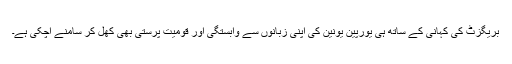
بریگزٹ کی کہانی کے ساتھ ہی یورپین یونین کی اپنی زبانوں سے وابستگی اور قومیت پرستی بھی کھل کر سامنے آچکی ہے۔